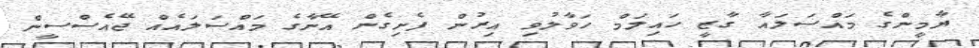
ޔާމީންގެ މައްސަލައާ ގާޒީ ހައިލަމް ހަވާލުވި އިރުން ފެށިގެން އޭނާގެ މައްސަލައެއް ޖޭއެސްސީން